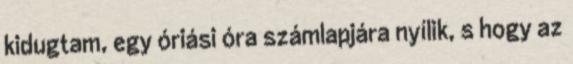
kidugtam, egy óriási óra számlapjára nyílik, s hogy az